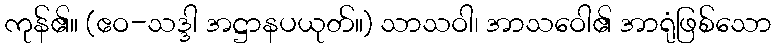
ကုန်၏။ (ဧဝ-သဒ္ဒါ အဋ္ဌာနပယုတ်။) သာသဝါ၊ အာသဝေါ၏ အာရုံဖြစ်သော